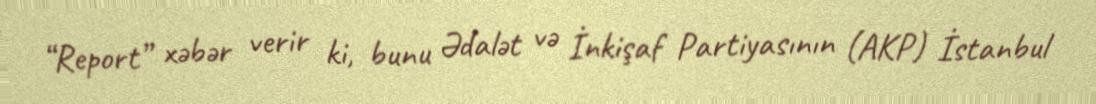
“Report” xəbər verir ki, bunu Ədalət və İnkişaf Partiyasının (AKP) İstanbul